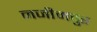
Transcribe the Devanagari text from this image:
नजीमपुर